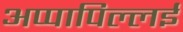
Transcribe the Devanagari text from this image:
अप्पापिल्लई